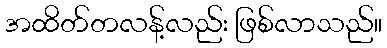
အထိတ်တလန့်လည်း ဖြစ်လာသည်။